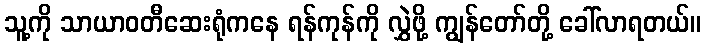
သူ့ကို သာယာဝတီဆေးရုံကနေ ရန်ကုန်ကို လွှဲဖို့ ကျွန်တော်တို့ ခေါ်လာရတယ်။